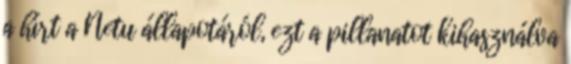
a hírt a Netu állapotáról, ezt a pillanatot kihasználva